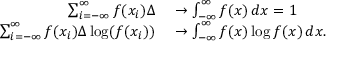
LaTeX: \begin{array} { r l } { \sum _ { i = - \infty } ^ { \infty } f ( x _ { i } ) \Delta } & { { } \to \int _ { - \infty } ^ { \infty } f ( x ) \, d x = 1 } \\ { \sum _ { i = - \infty } ^ { \infty } f ( x _ { i } ) \Delta \log ( f ( x _ { i } ) ) } & { { } \to \int _ { - \infty } ^ { \infty } f ( x ) \log f ( x ) \, d x . } \end{array}